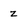
Character: z